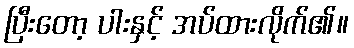
ပြီးတော့ ပါးနှင့် အပ်ထားလိုက်၏။